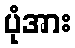
ပုံအား